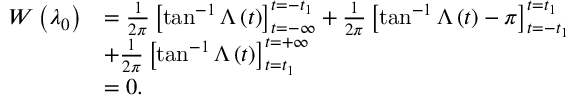
\begin{array} { r l } { W \left( \lambda _ { 0 } \right) } & { = \frac { 1 } { 2 \pi } \left[ \tan ^ { - 1 } \Lambda \left( t \right) \right] _ { t = - \infty } ^ { t = - t _ { 1 } } + \frac { 1 } { 2 \pi } \left[ \tan ^ { - 1 } \Lambda \left( t \right) - \pi \right] _ { t = - t _ { 1 } } ^ { t = t _ { 1 } } } \\ & { + \frac { 1 } { 2 \pi } \left[ \tan ^ { - 1 } \Lambda \left( t \right) \right] _ { t = t _ { 1 } } ^ { t = + \infty } } \\ & { = 0 . } \end{array}